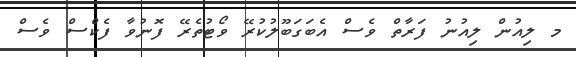
މ ލިއުން ލިއުނު ފަރާތް ވެސް އެބަގަބޫލުކުރޭ ވޯޓުތެރޭ ފޮނުވާ ފެކްސް ވެސް